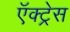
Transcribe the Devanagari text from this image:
ऍक्ट्रेस